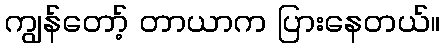
ကျွန်တော့် တာယာက ပြားနေတယ်။